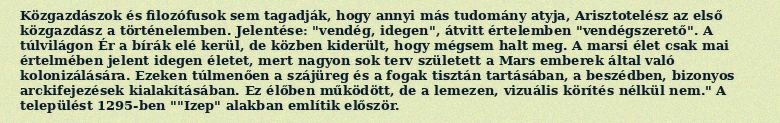
Közgazdászok és filozófusok sem tagadják, hogy annyi más tudomány atyja, Arisztotelész az első közgazdász a történelemben. Jelentése: "vendég, idegen", átvitt értelemben "vendégszerető". A túlvilágon Ér a bírák elé kerül, de közben kiderült, hogy mégsem halt meg. A marsi élet csak mai értelmében jelent idegen életet, mert nagyon sok terv született a Mars emberek által való kolonizálására. Ezeken túlmenően a szájüreg és a fogak tisztán tartásában, a beszédben, bizonyos arckifejezések kialakításában. Ez élőben működött, de a lemezen, vizuális körítés nélkül nem." A települést 1295-ben ""Izep" alakban említik először.